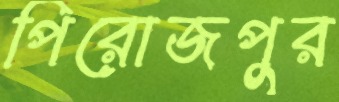
পিরোজপুর